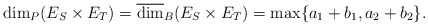
\begin{align*}\dim_P(E_S\times E_T)=\overline{\dim}_B(E_S\times E_T)=\max\{a_1+b_1, a_2+b_2\}.\end{align*}